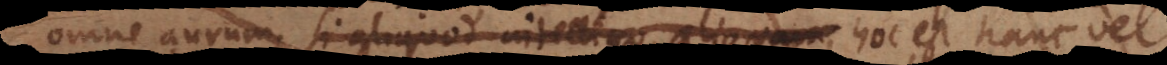
omne aurum, si aliquod intelligo aliquam, hoc est hanc vel